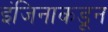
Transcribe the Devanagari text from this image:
इंजिनाकडून